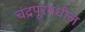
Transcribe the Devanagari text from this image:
चंद्रपूरमधील